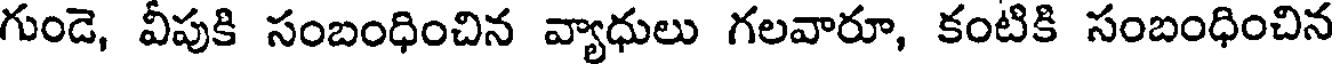
గుండె, వీపుకి సంబంధించిన వ్యాధులు గలవారూ, కంటికి సంబంధించిన